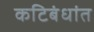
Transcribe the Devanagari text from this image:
कटिबंधांत